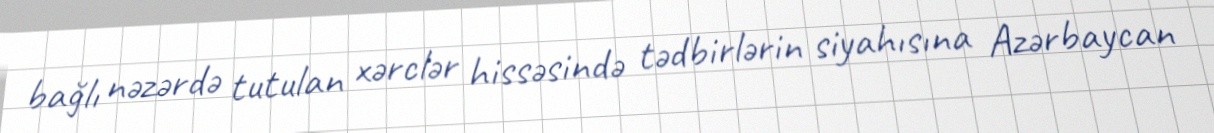
bağlı nəzərdə tutulan xərclər hissəsində tədbirlərin siyahısına Azərbaycan